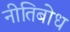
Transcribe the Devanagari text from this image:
नीतिबोध